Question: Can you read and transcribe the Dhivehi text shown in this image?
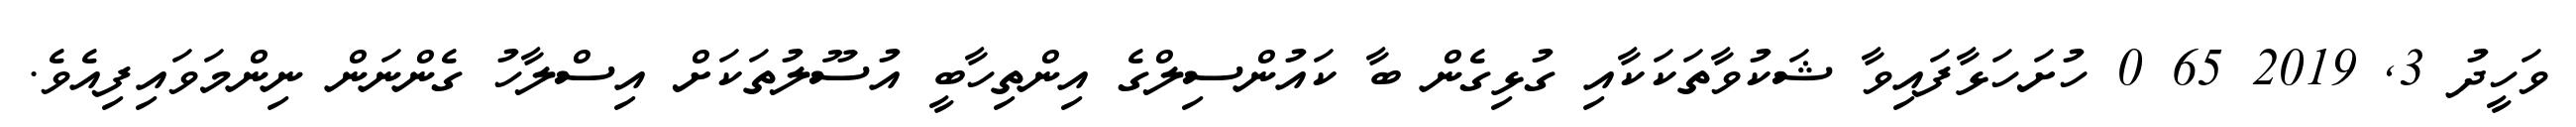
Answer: ވަހީދު 3, 2019 65 0 ހުށަހަޅާފައިވާ ޝަކުވާތަކަކާއި ގުޅިގެން ބާ ކައުންސިލްގެ އިންތިހާބީ އުސޫލުތަކަށް އިސްލާހު ގެންނަން ނިންމަވައިފިއެވެ.